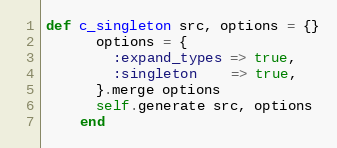
Language: Ruby
def c_singleton src, options = {}
      options = {
        :expand_types => true,
        :singleton    => true,
      }.merge options
      self.generate src, options
    end